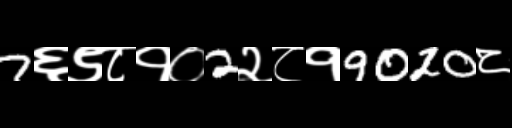
Text: 7६९८१०2२८१9020८